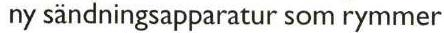
 ny sändningsapparatur som rymmer